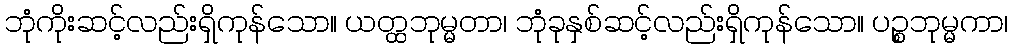
ဘုံကိုးဆင့်လည်းရှိကုန်သော။ ယတ္ထဘုမ္မတာ၊ ဘုံခုနှစ်ဆင့်လည်းရှိကုန်သော။ ပဉ္စဘုမ္မကာ၊